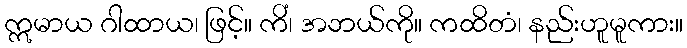
ဣမာယ ဂါထာယ၊ ဖြင့်။ ကိံ၊ အဘယ်ကို။ ကထိတံ၊ နည်းဟူမူကား။